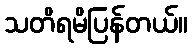
သတိရမိပြန်တယ်။